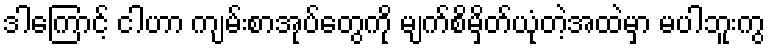
ဒါကြောင့် ငါဟာ ကျမ်းစာအုပ်တွေကို မျက်စိမှိတ်ယုံတဲ့အထဲမှာ မပါဘူးကွ